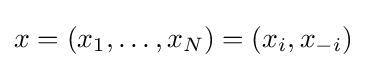
x=(x_{1},\ldots ,x_{N})=(x_{i},x_{-i})